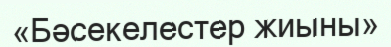
«Бәсекелестер жиыны»